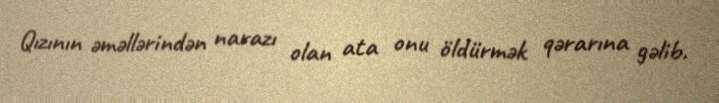
Qızının əməllərindən narazı olan ata onu öldürmək qərarına gəlib.